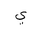
Letter: _ya